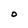
Character: O